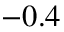
- 0 . 4